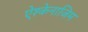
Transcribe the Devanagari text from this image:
ऐश्केनाजिम